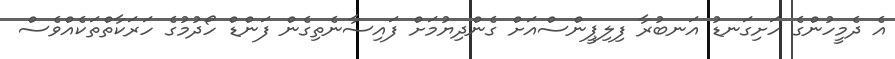
އެ ދެމީހުންގެ ހަށިގަނޑު އަނބުރާ ފިލިޕީންސްއަށް ގެންދިޔުމަށް ފައިސާނެތިގެން ފަންޑް ހޯދުމުގެ ހަރަކާތްތަކެއްވެސް